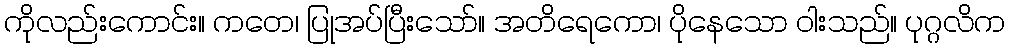
ကိုလည်းကောင်း။ ကတေ၊ ပြုအပ်ပြီးသော်။ အတိရေကော၊ ပိုနေသော ဝါးသည်။ ပုဂ္ဂလိက